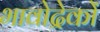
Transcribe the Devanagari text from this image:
भावोद्रेकों